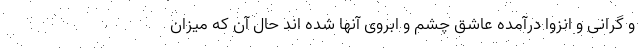
و گرانی و انزوا درآمده عاشق چشم و ابروی آنها شده اند حال آن که میزان